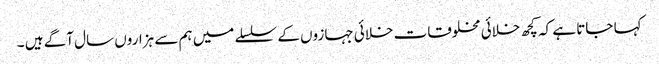
کہا جاتا ہے کہ کچھ خلائی مخلوقات خلائی جہازوں کے سلسلے میں ہم سے ہزاروں سال آگے ہیں ۔